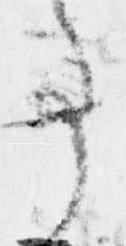
事